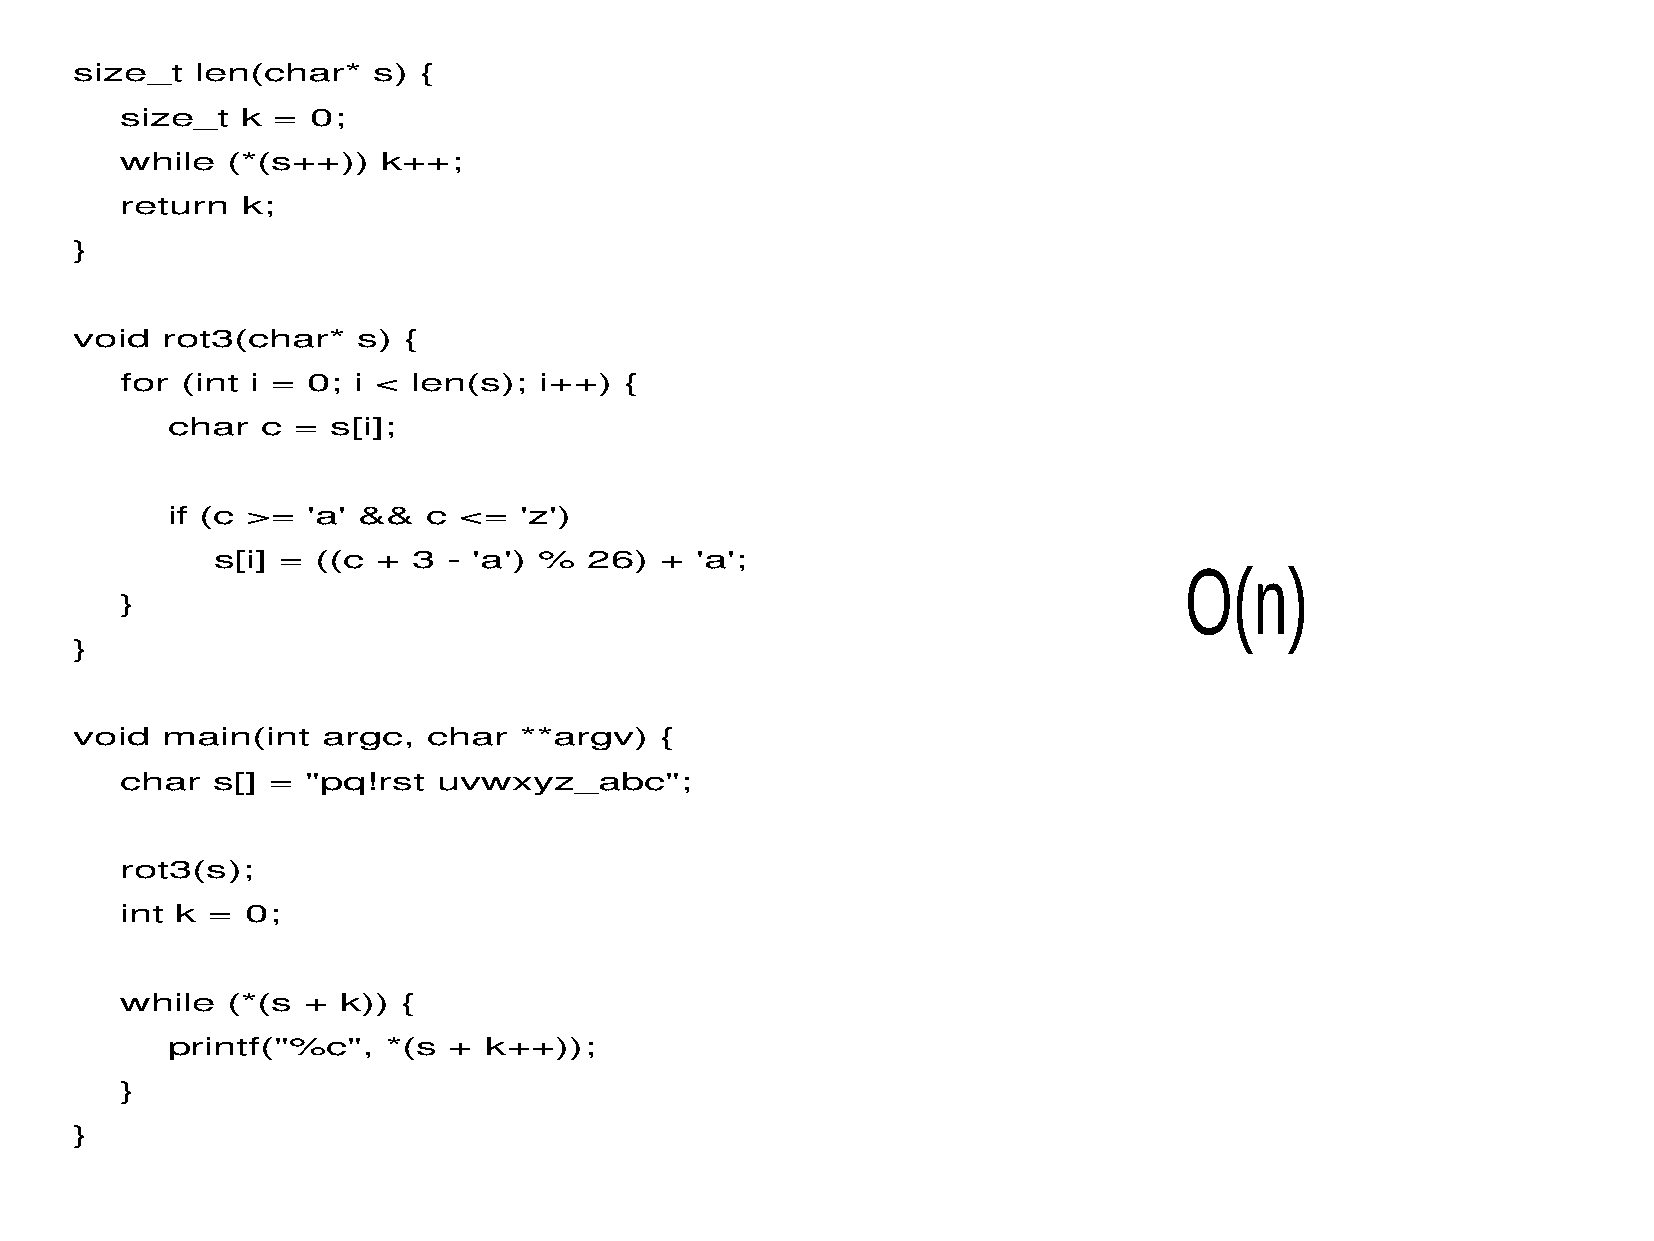
size_t  len(char*   s) {
 size_t  k =  0;
 while  (*(s++))  k++;
 return  k;
 }
 void  rot3(char*   s) {
 for (int i = 0; i < len(s); i++) {
 char  c =  s[i];
 if (c >= 'a' &&  c <=  'z')
 s[i] = ((c + 3  - 'a') % 26)  + 'a';                            O(n)
 }
 }
 void  main(int  argc,  char  **argv)   {
 char  s[] = "pq!rst  uvwxyz_abc";
 rot3(s);
 int k = 0;
 while  (*(s +  k)) {
 printf("%c",   *(s + k++));
 }
 }